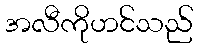
အလီကိုဟင်သည်